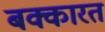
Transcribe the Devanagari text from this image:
बक्कारत